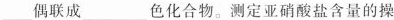
___偶联成___色化合物。测定亚硝酸盐含量的操